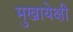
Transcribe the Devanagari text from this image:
मुखायेक्षी